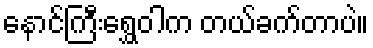
နောင်ကြီးရွှေဝါက တယ်ခက်တာပဲ။